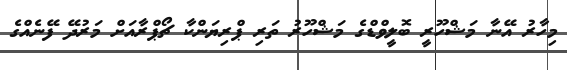
މިހާރު އޭނާ މަޝްހޫރީ ބޮލީވްޑްގެ މަޝްހޫރު ތަރި ޕްރިޔަންކާ ޗޯޕްރާއަށް މަރުދޭ ފޭނެއްގެ